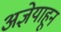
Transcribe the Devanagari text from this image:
अज्ञेयाहून